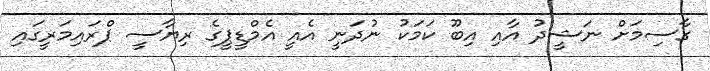
ގާސިމަށް ނަޝީދު އާއި އިބޫ ކަމަކު ނުދަނީ އެއީ އެމްޑީޕީގެ ރިޔާސީ ޕްރައިމަރީގައި